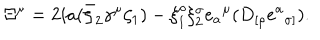
\Xi ^ { \mu } = 2 i a ( \bar { \zeta } _ { 2 } \gamma ^ { \mu } \zeta _ { 1 } ) - \xi _ { 1 } ^ { \rho } \xi _ { 2 } ^ { \sigma } e { _ a } ^ { \mu } ( D _ { [ \rho } e { ^ a } _ { \sigma ] } ) .